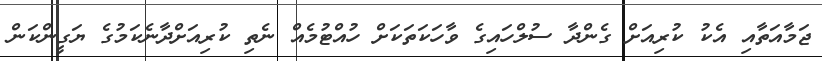
ޖަމާއަތާއި އެކު ކުރިއަށް ގެންދާ ސުލްހައިގެ ވާހަކަތަކަށް ހުއްޓުމެއް ނެތި ކުރިއަށްދާނެކަމުގެ ޔަގީންކަން